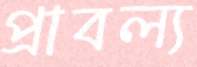
প্রাবল্য